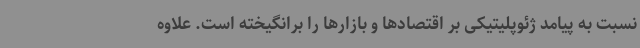
نسبت به پیامد ژئوپلیتیکی بر اقتصادها و بازارها را برانگیخته است. علاوه